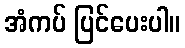
အံကပ် ပြင်ပေးပါ။